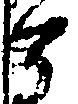
有